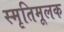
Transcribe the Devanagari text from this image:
स्मृतिमूलक